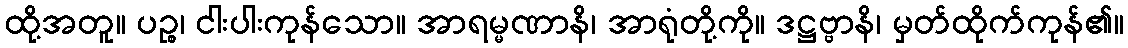
ထို့အတူ။ ပဉ္စ၊ ငါးပါးကုန်သော။ အာရမ္မဏာနိ၊ အာရုံတို့ကို။ ဒဋ္ဌဗ္ဗာနိ၊ မှတ်ထိုက်ကုန်၏။